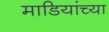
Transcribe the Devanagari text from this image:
माडियांच्या